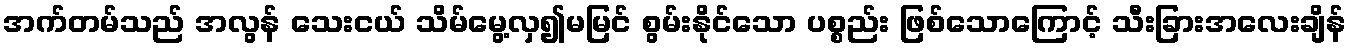
အက်တမ်သည် အလွန် သေးငယ် သိမ်မွေ့လှ၍မမြင် စွမ်းနိုင်သော ပစ္စည်း ဖြစ်သောကြောင့် သီးခြားအလေးချိန်